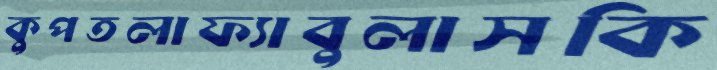
কুপতলাফ্যাবুলাসকি